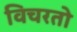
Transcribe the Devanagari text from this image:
विचरतो